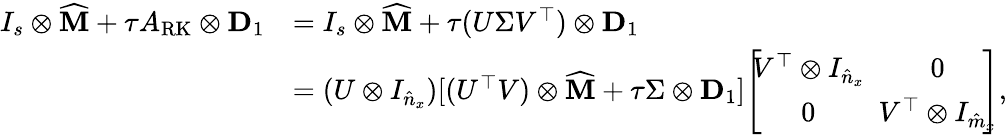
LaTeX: \begin{array}{rl}{I_{s}\otimes\widehat{\mathbf{M}}+\tau A_{\mathrm{RK}}\otimes\mathbf{D}_{1}}&{=I_{s}\otimes\widehat{\mathbf{M}}+\tau(U\Sigma V^{\top})\otimes\mathbf{D}_{1}}\\ &{=(U\otimes I_{\hat{n}_{x}})[(U^{\top}V)\otimes\widehat{\mathbf{M}}+\tau\Sigma\otimes\mathbf{D}_{1}]\! \left[\! \! \begin{array}{cc}{V^{\top}\otimes I_{\hat{n}_{x}}}&{\! \! \! 0}\\ {0}&{\! \! \! V^{\top}\otimes I_{\hat{m}_{x}}}\end{array}\! \! \! \right],}\end{array}